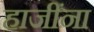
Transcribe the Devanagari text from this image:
हाजींना